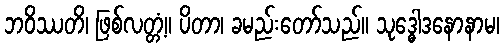
ဘဝိဿတိ၊ ဖြစ်လတ္တံ့။ ပိတာ၊ ခမည်းတော်သည်။ သုဒ္ဓေါဒနောနာမ၊